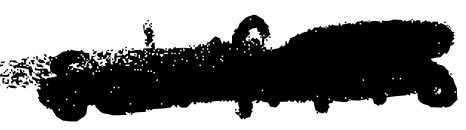
Text: Schifrin's
Cross-out: scratch
Writing tool: digital_black